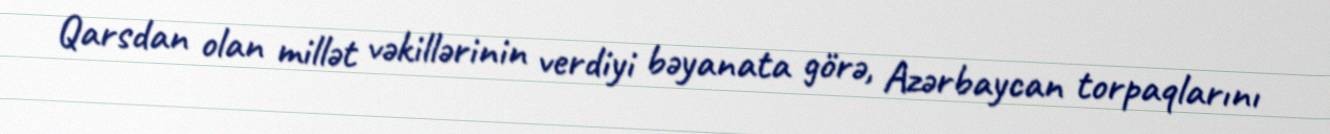
Qarsdan olan millət vəkillərinin verdiyi bəyanata görə, Azərbaycan torpaqlarını